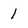
Character: 1